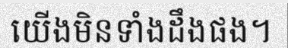
យើងមិនទាំងដឹងផង។